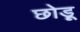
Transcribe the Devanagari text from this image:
छोड़ू